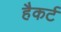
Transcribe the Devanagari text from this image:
हैकर्ट